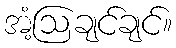
အံ့ဩချင်ချင်။